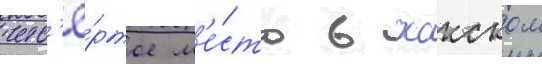
четв'ё́ртое м'е́сто в осакском